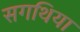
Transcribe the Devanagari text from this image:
सगथिया